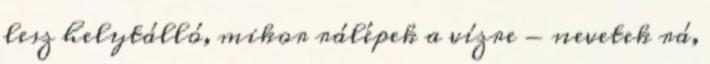
lesz helytálló, mikor rálépek a vízre - nevetek rá,